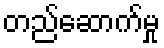
တည်ဆောက်မှု